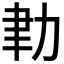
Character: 𦘓